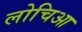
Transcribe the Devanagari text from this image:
लोचिआ